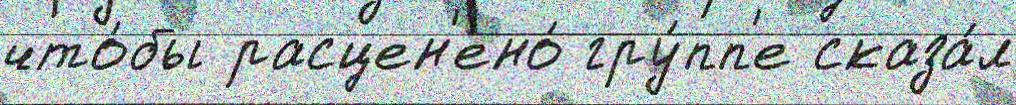
что́бы расцен'ено́ гру́пп'е сказа́л